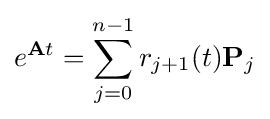
e^{\mathbf {A} t}=\sum _{j=0}^{n-1}r_{j+1}{\left(t\right)}\mathbf {P} _{j}